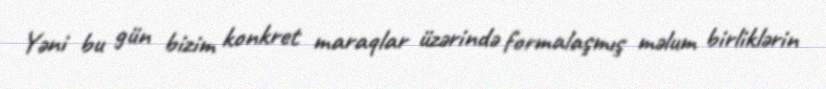
Yəni bu gün bizim konkret maraqlar üzərində formalaşmış məlum birliklərin